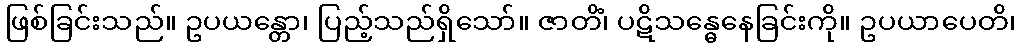
ဖြစ်ခြင်းသည်။ ဥပယန္တော၊ ပြည့်သည်ရှိသော်။ ဇာတိံ၊ ပဋိသန္ဓေနေခြင်းကို။ ဥပယာပေတိ၊